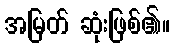
အမြတ် ဆုံးဖြစ်၏။